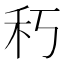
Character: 𥝑